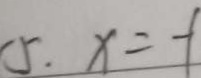
5 . x = - 1